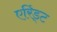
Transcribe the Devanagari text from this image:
एरिंड्ट